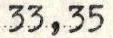
33,35